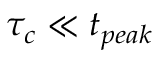
\tau _ { c } \ll t _ { p e a k }